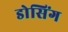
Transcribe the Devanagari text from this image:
डोसिंग